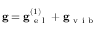
\mathbf { g } = \mathbf { g } _ { \mathrm { ~ e ~ l ~ } } ^ { ( 1 ) } + \mathbf { g } _ { \mathrm { ~ v ~ i ~ b ~ } }